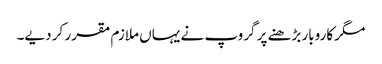
مگر کاروبار بڑھنے پر گروپ نے یہاں ملازم مقرر کر دیے۔